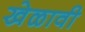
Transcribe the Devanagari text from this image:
खेळावी